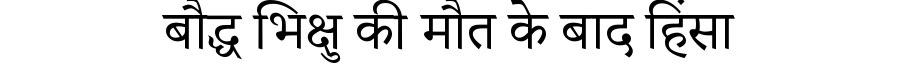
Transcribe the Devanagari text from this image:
बौद्ध भिक्षु की मौत के बाद हिंसा